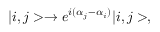
| i , j > \rightarrow e ^ { i ( \alpha _ { j } - \alpha _ { i } ) } | i , j > ,